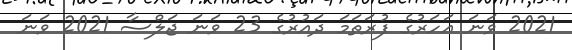
2021 ވަނަ އަހަރުގެ ފުރަތަމަ ދައުރުގެ 23 ވަނަ ޖަލްސާ 2021 ވަނަ